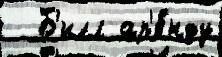
  Б'илл ар'е́нду